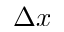
\Delta x